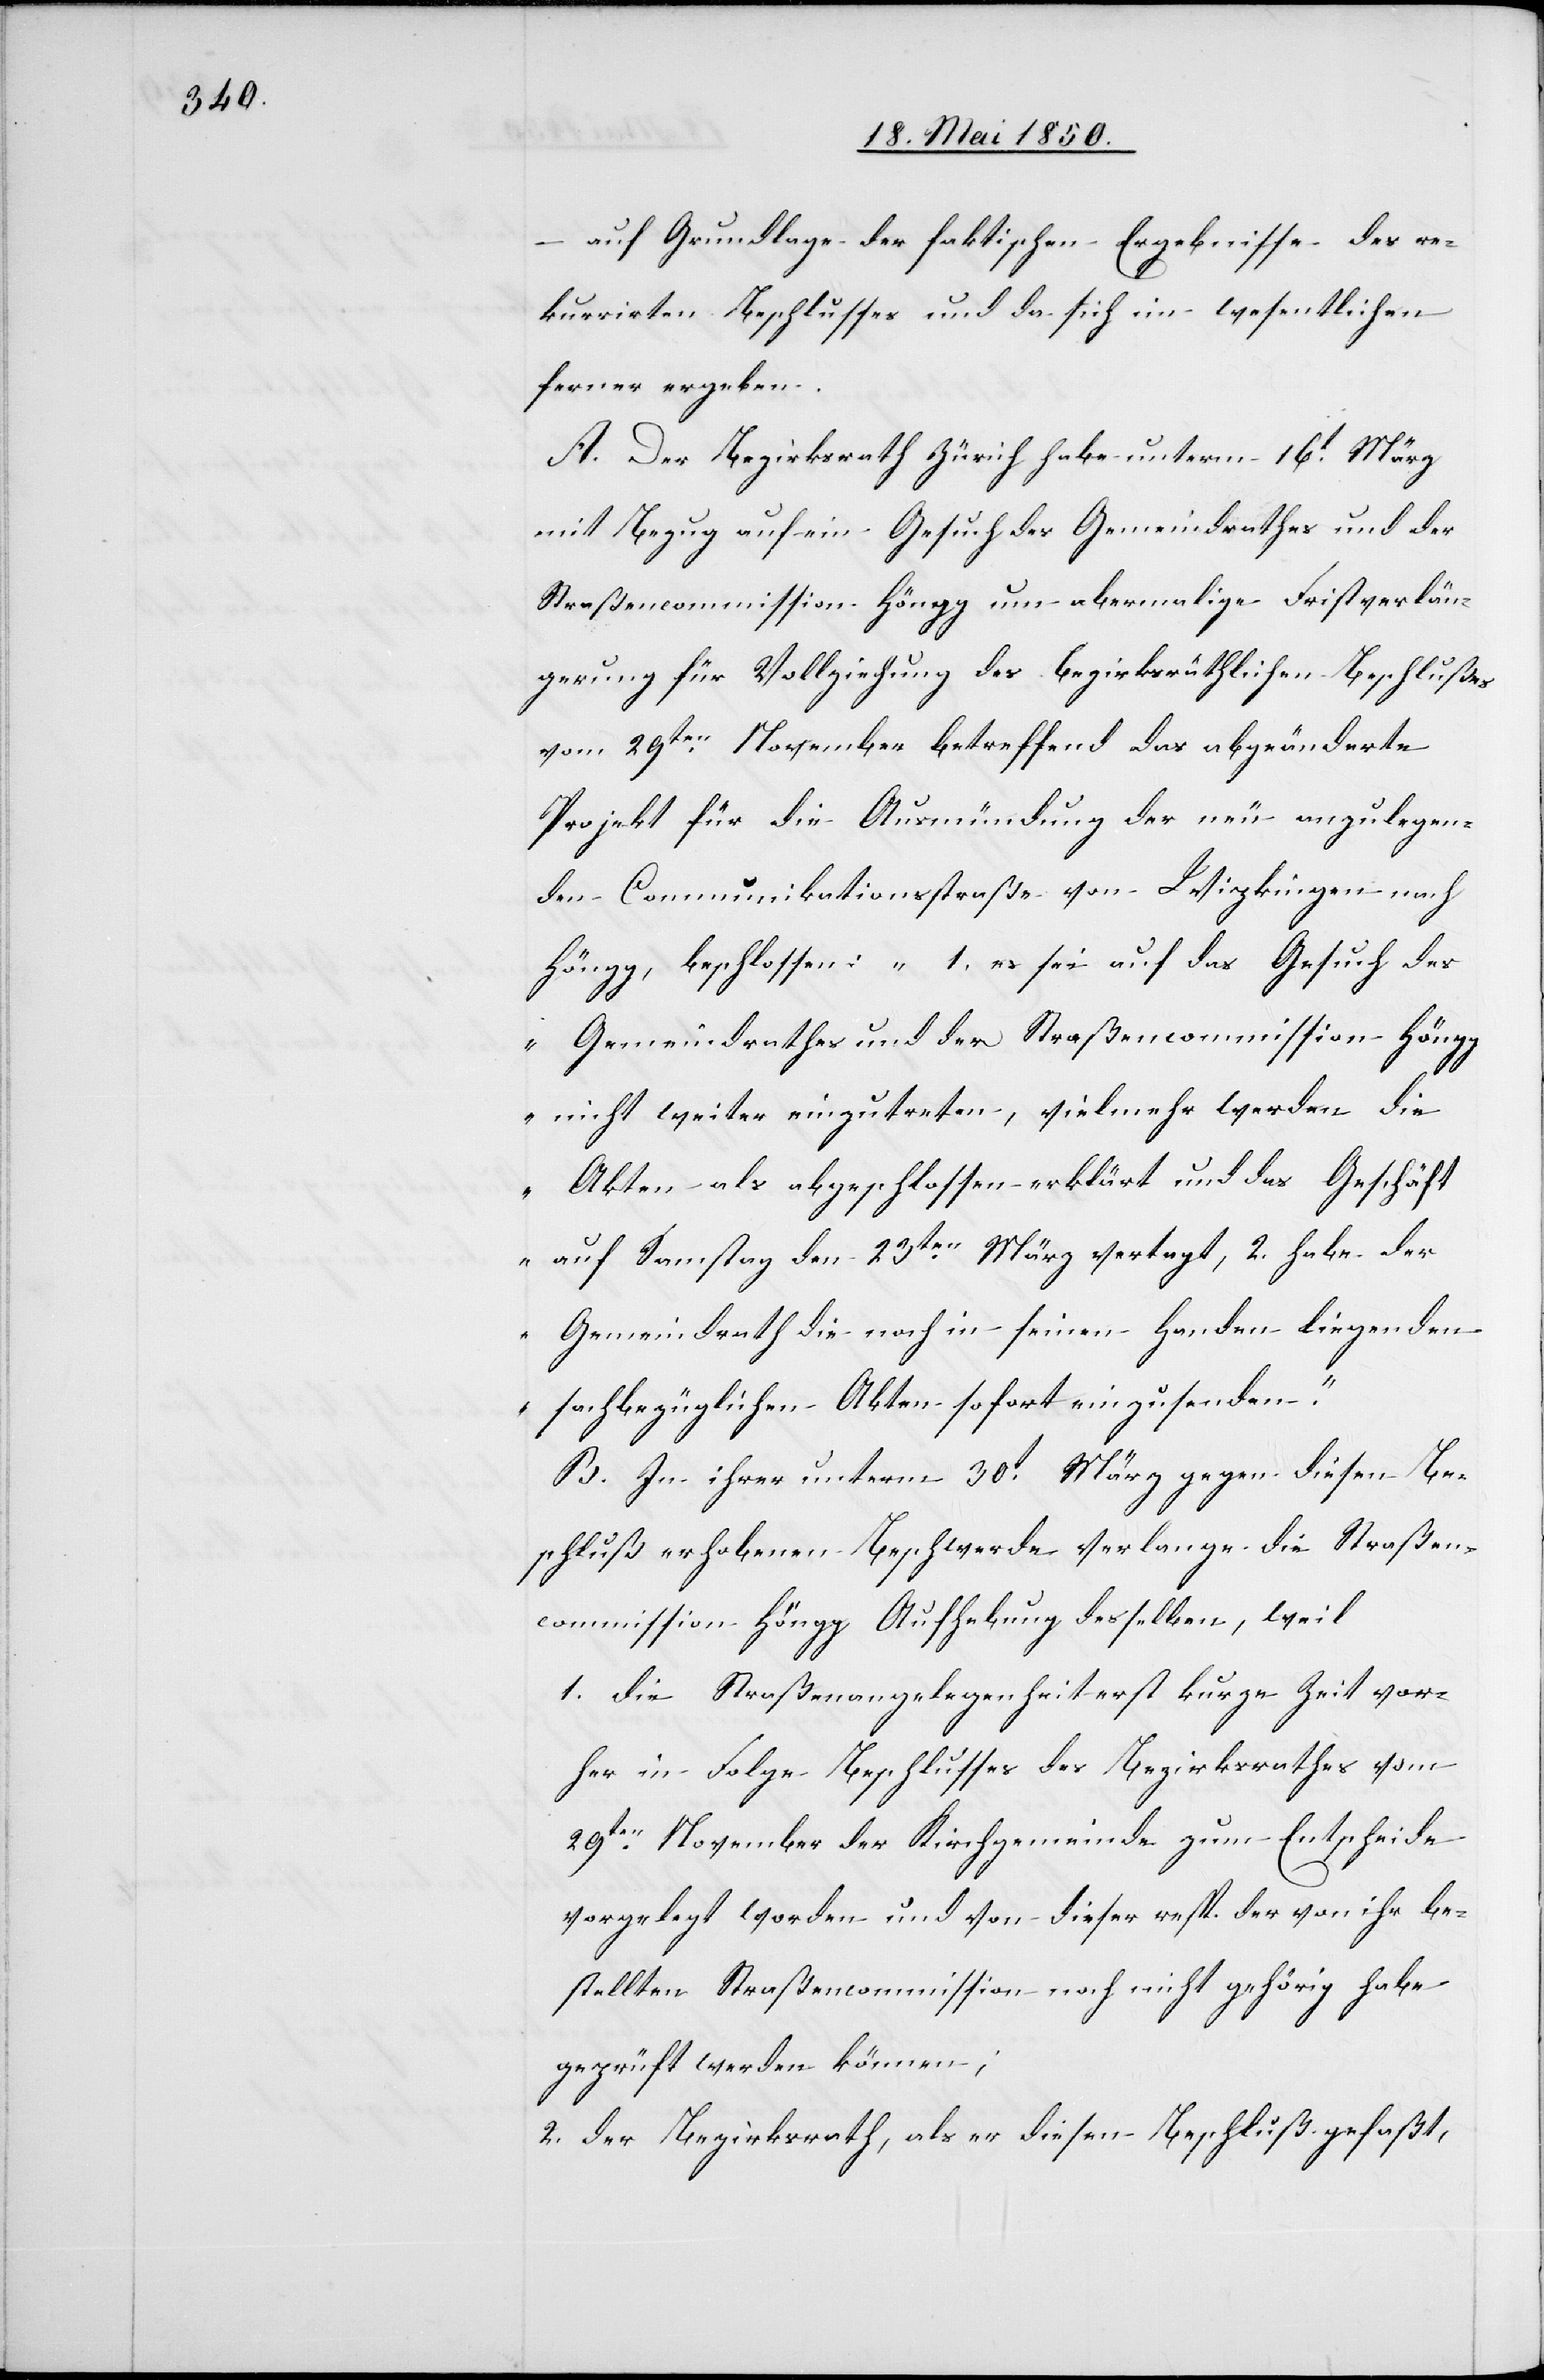
auf Grundlage der faktischen Ergebnisse des re¬
kurrirten Beschlusses und da sich im wesentlichen
ferner ergeben.
A. der Bezirksrath Zürich habe unterm 16t März
mit Bezug auf ein Gesuch des Gemeindrathes und der
Straßencommission Höngg um abermalige Fristverlän¬
gerung für Vollziehung des bezirksräthlichen Beschlußes
vom 29ten November betreffend das abgeänderte
Projekt für die Ausmündung der neu anzulegen¬
den Communikationsstraße von Wipkingen nach
Höngg, beschlossen: „1. es sei auf das Gesuch des
Gemeindrathes und der Straßencommission Höng¬
g nicht weiter einzutreten, vielmehr werden die
Akten als abgeschlossen erklärt und das Geschäft
auf Samstag den 23ten März vertagt, 2. habe der
Gemeindrath die noch in seinen Handen liegenden
sachbezüglichen Akten sofort einzusenden.“
B. In ihrer unterm 30t März gegen diesen Be¬
schluß erhobenen Beschwerde verlange die Straßen¬
commission Höngg Aufhebung desselben, weil
1. die Straßenangelegenheit erst kurze Zeit vor¬
her in Folge Beschlusses des Bezirksrathes vom
29ten November der Kirchgemeinde zum Entscheide
vorgelegt worden und von dieser resp. der von ihr be¬
stellten Straßencommission noch nicht gehörig habe
geprüft werden können;
2. der Bezirksrath, als er diesen Beschluß gefaßt,